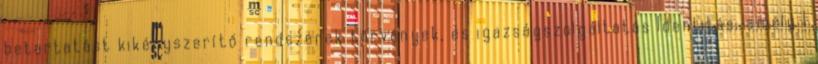
betartatást kikényszerítő rendszerek törvények, és igazságszolgáltatás Identitás, amely 1